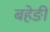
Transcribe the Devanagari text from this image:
बहेङी